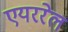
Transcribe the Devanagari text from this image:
एयररेल